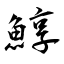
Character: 鯙